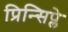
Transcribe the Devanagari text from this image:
प्रिन्सिप्ले